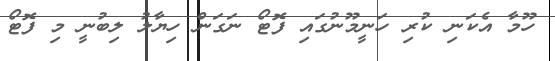
ހޫމާ އެކަނި ކުރި ހަނީމޫނުގައި ފޮޓޯ ނަގަން ހިޔާލު ލިބުނީ މި ފޮޓޯ